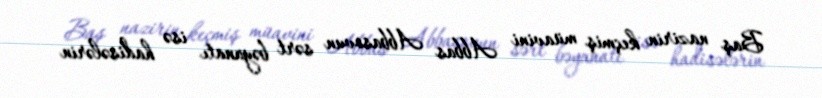
Baş nazirin keçmiş müavini Abbas Abbasovun sərt bəyanatı isə hadisələrin